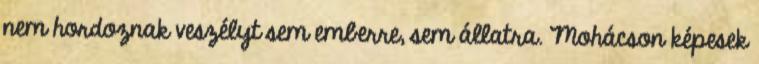
nem hordoznak veszélyt sem emberre, sem állatra. Mohácson képesek